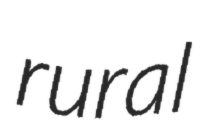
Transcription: rural